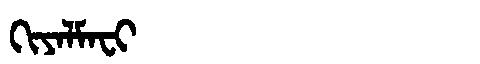
Manchu: ᡴᡳᠶᠠᠯᠮᠠᠸᡳ
Romanization: KIYALMAFI